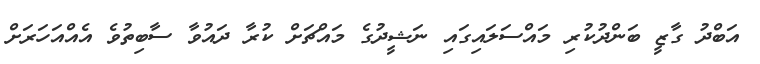
އަބްދު ގާޒީ ބަންދުކުރި މައްސަލައިގައި ނަޝީދުގެ މައްޗަށް ކުރާ ދައުވާ ސާބިތުވެ އެއްއަހަރަށް